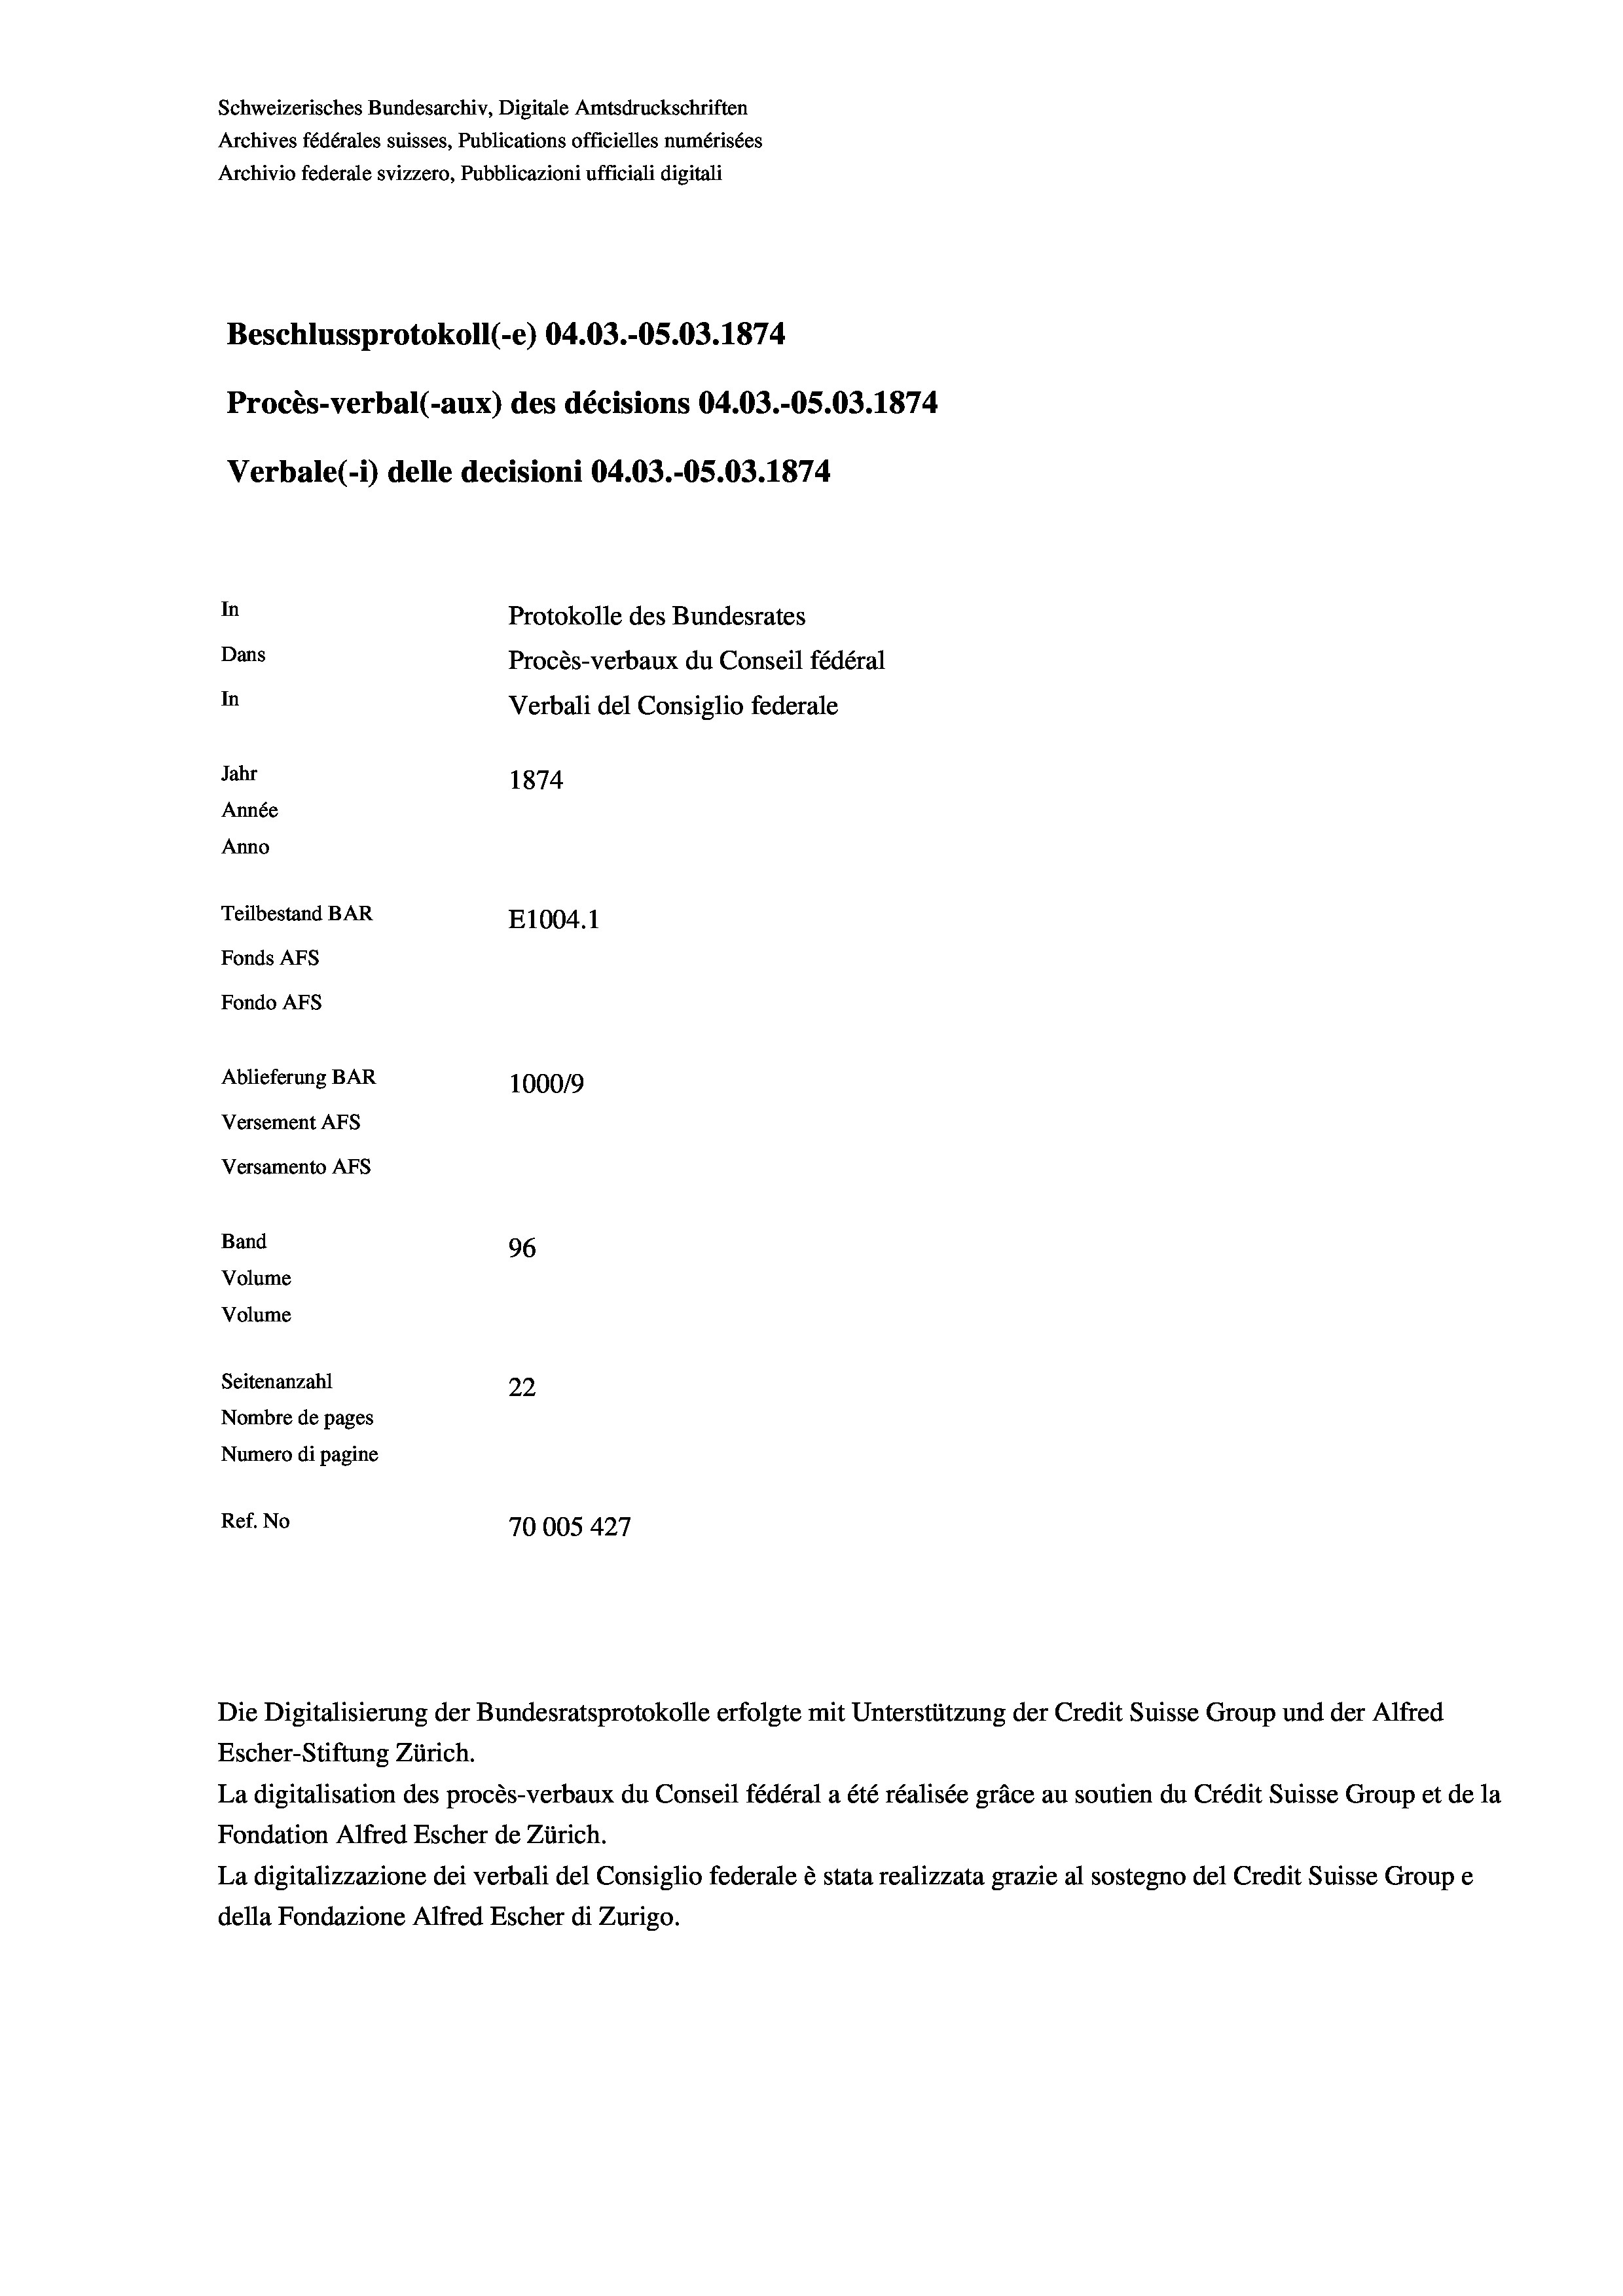
Schweizerisches Bundesarchiv, Digitale Amtsdruckschriften
Archives fédérales suisses, Publications officielles numérisées
Archivio federale svizzero, Pubblicazioni ufficiali digitali
Beschlussprotokoll (-e) 04.03.-05.03. 1874
Procès-verbal (-aux) des décisions 04.03.-OS.03. 1874
Verbale (i) delle decisioni 04.03.-OS.03. 1874
In
Protokolle des Bundesrates
Dans
Procès-verbaux du Conseil fédéral
In
Verbali del Consiglio federale
Jahr
1874
Année
Anno
Teilbestand BAR
E1004.1
Fonds AFs
Fondo Afs
Ablieferung BAR
100019
Versement AFs
Versamento AFs
Band
96
Volume
Volume
Seitenanzahl
22
Nombre de pages
Numero di pagine
Ref. No
70005 427

La digitalisation des procès-verbaux du Conseil fédéral a été réalisée gräce au soutien du Crédit Suisse Group et de la
Fondation Alfred Escher de Zürich.
La digitalizzazione dei verbali del Consiglio federale è stata realizzata grazie al sostegno del Credit Suisse Groupe
della Fondazione Alfred Escher di Zurigo.

Die Digitalisierung der Bundesratsprotokolle erfolgte mit Unterstützung der Credit Suisse Group und der Alfred
Escher-Stiftung Zürich.